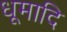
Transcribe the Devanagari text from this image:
धूमादि